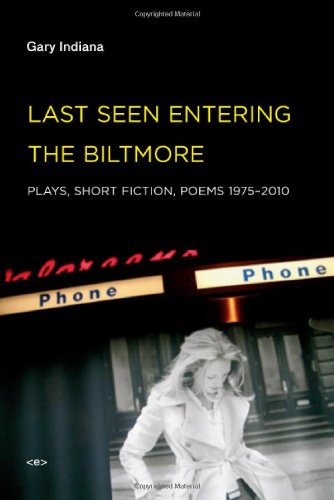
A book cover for Last Seen Entering the Biltmore: Plays, Short Fiction, Poems 1975--2010 (Semiotext(e) / Native Agents); Gary Indiana; Gay & Lesbian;